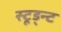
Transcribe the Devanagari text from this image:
स्टूड्न्ट